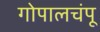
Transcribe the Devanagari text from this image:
गोपालचंपू